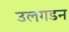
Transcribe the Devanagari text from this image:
उलगडन